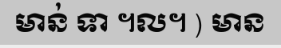
មាន់ ទា ។ល។ ) មាន